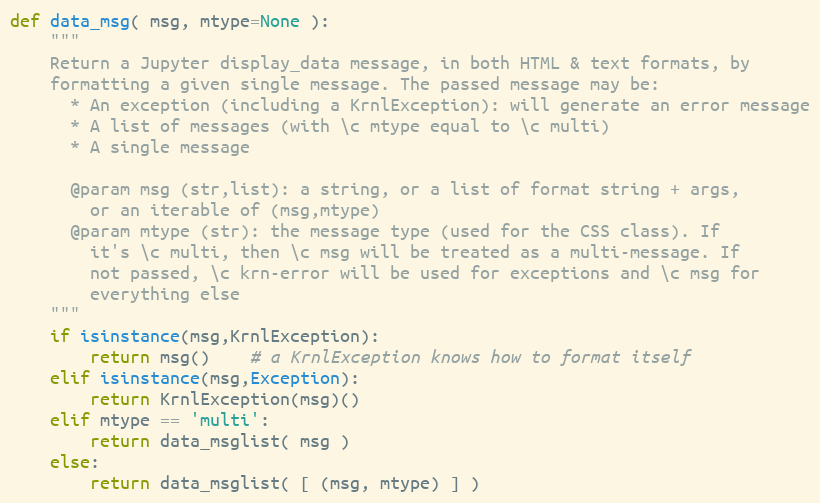
Language: Python
def data_msg( msg, mtype=None ):
    """
    Return a Jupyter display_data message, in both HTML & text formats, by
    formatting a given single message. The passed message may be:
      * An exception (including a KrnlException): will generate an error message
      * A list of messages (with \c mtype equal to \c multi)
      * A single message

      @param msg (str,list): a string, or a list of format string + args,
        or an iterable of (msg,mtype)
      @param mtype (str): the message type (used for the CSS class). If
        it's \c multi, then \c msg will be treated as a multi-message. If
        not passed, \c krn-error will be used for exceptions and \c msg for
        everything else
    """
    if isinstance(msg,KrnlException):
        return msg()    # a KrnlException knows how to format itself
    elif isinstance(msg,Exception):
        return KrnlException(msg)()
    elif mtype == 'multi':
        return data_msglist( msg )
    else:
        return data_msglist( [ (msg, mtype) ] )